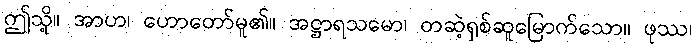
ဤသို့။ အာဟ၊ ဟောတော်မူ၏။ အဋ္ဌာရသမော၊ တဆဲ့ရှစ်ဆူမြောက်သော။ ဖုဿ၊